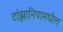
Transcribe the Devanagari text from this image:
टांझानियामधील